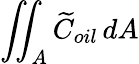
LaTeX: \iint_{A}\widetilde{C}_{oil}\, dA